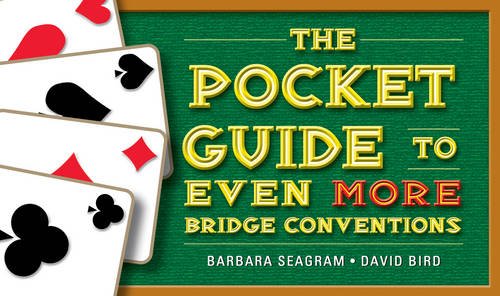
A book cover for The Pocket Guide to Even More Bridge Conventions (Pocket Guides); Barbara Seagram; Humor & Entertainment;